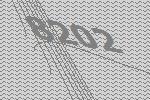
8202